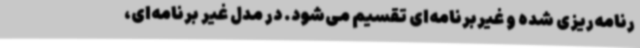
رنامه‌ریزی شده و غیربرنامه‌ای تقسیم می‌شود. در مدل غیر برنامه‌ای،